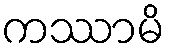
ကဿာမိ